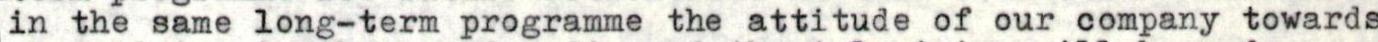
in the same long-term programme the attitude of our company towards